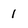
Character: 1